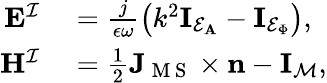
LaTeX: \begin{array}{rl}{\mathbf{E}^{\mathcal{I}}}&{{}{}=\frac{j}{\epsilon\omega}\big(k^{2}\mathbf{I}_{\mathcal{E}_{\mathbf{A}}}-\mathbf{I}_{\mathcal{E}_{\Phi}}\big),}\\ {\mathbf{H}^{\mathcal{I}}}&{{}{}=\frac{1}{2}\mathbf{J}_{\mathrm{~M~S~}}\times\mathbf{n}-\mathbf{I}_{\mathcal{M}},}\end{array}